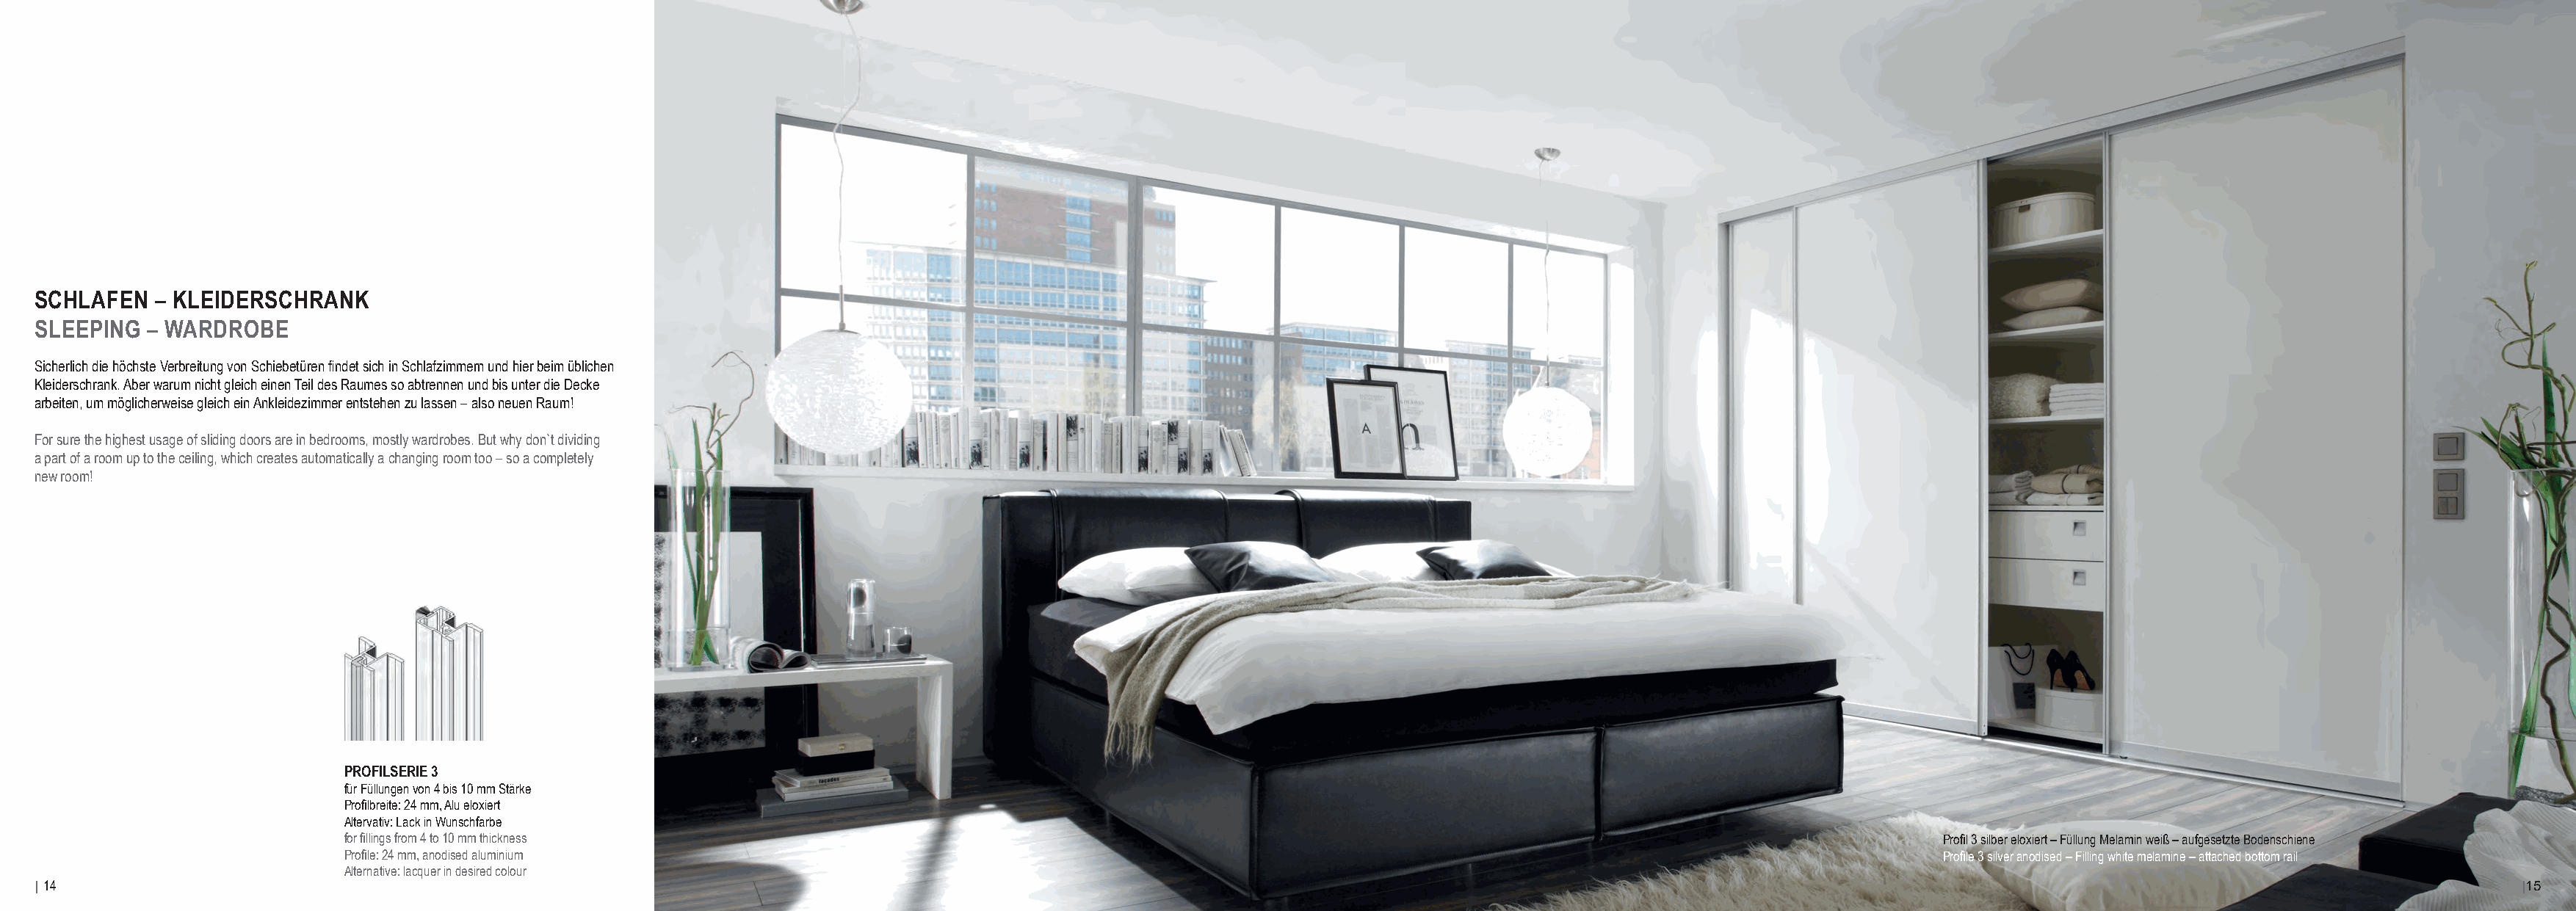
SCHLAFEN   – KLEIDERSCHRANK
 SLEEPING  – WARDROBE
 Sicherlich die höchste Verbreitung von Schiebetüren findet sich in Schlafzimmern und hier beim üblichen
 Kleiderschrank. Aber warum nicht gleich einen Teil des Raumes so abtrennen und bis unter die Decke
 arbeiten, um möglicherweise gleich ein Ankleidezimmer entstehen zu lassen – also neuen Raum!
 For sure the highest usage of sliding doors are in bedrooms, mostly wardrobes. But why don`t dividing
 a part of a room up to the ceiling, which creates automatically a changing room too – so a completely
 new room!
 PROFILSERIE 3
 für Füllungen von 4 bis 10 mm Stärke
 Profilbreite: 24 mm, Alu eloxiert
 Altervativ: Lack in Wunschfarbe
 for fillings from 4 to 10 mm thickness                                                                                                          Profil 3 silber eloxiert – Füllung Melamin weiß – aufgesetzte Bodenschiene
 Profile: 24 mm, anodised aluminium                                                                                                              Profile 3 silver anodised – Filling white melamine – attached bottom rail
 Alternative: lacquer in desired colour
 | 14                                                                                                                                                                                                                            |15